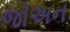
જોઅન